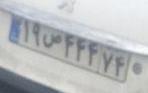
۱۹ص۴۴۴۷۴